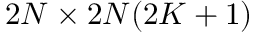
2 N \times 2 N ( 2 K + 1 )